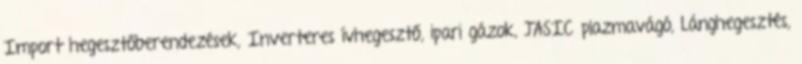
Import hegesztőberendezések, Inverteres ívhegesztő, ipari gázok, JASIC plazmavágó, Lánghegesztés,